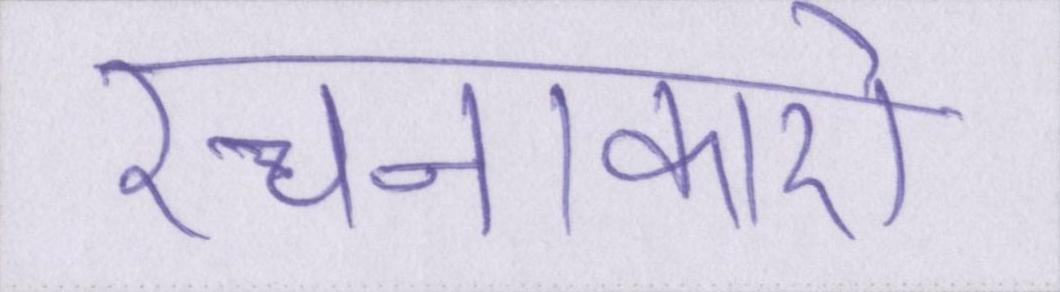
रचनाकारों